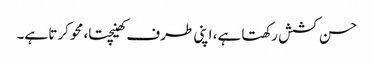
حسن کشش رکھتا ہے، اپنی طرف کھینچتا، محو کرتا ہے۔